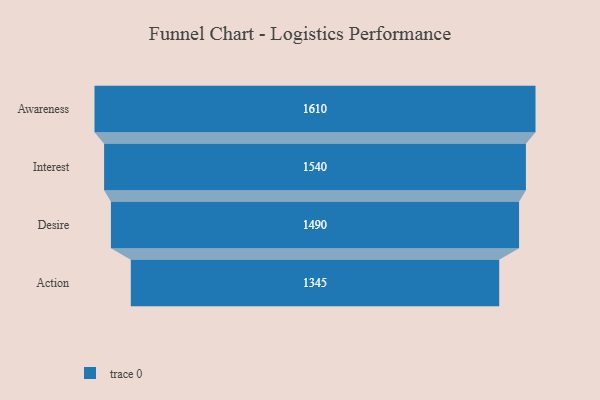
{"axis": {"x": "Stage", "y": "Value"}, "legend": [""], "data": [{"x": "Awareness", "y": 1610.0, "type": ""}, {"x": "Interest", "y": 1540.0, "type": ""}, {"x": "Desire", "y": 1490.0, "type": ""}, {"x": "Action", "y": 1345.0, "type": ""}]}